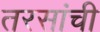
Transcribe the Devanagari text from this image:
तरसांची